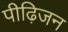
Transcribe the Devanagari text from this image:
पीढ़िजन